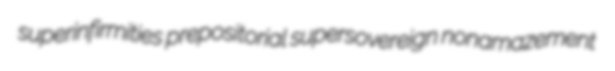
superinfirmities prepositorial supersovereign nonamazement